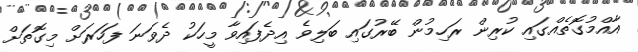
އާއްމުގޮތެއްގައި ކުރިން ރަހިމުން ބޭރުގައި ބަލިވެ އިދެފައިވާ މީހަކު ދެވަނަ ފަހަރަށް މިގޮތަށް